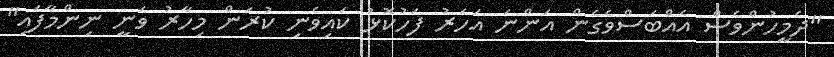
"ދެމީހުންވެސް އެއްބަސްވެގެން އަންނަ އަހަރު ފަހުކޮޅު ކައިވެނި ކުރަން މިހާރު ވަނީ ނިންމާފައި"